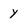
Character: y